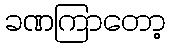
ခဏကြာတော့